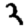
Digit: 3